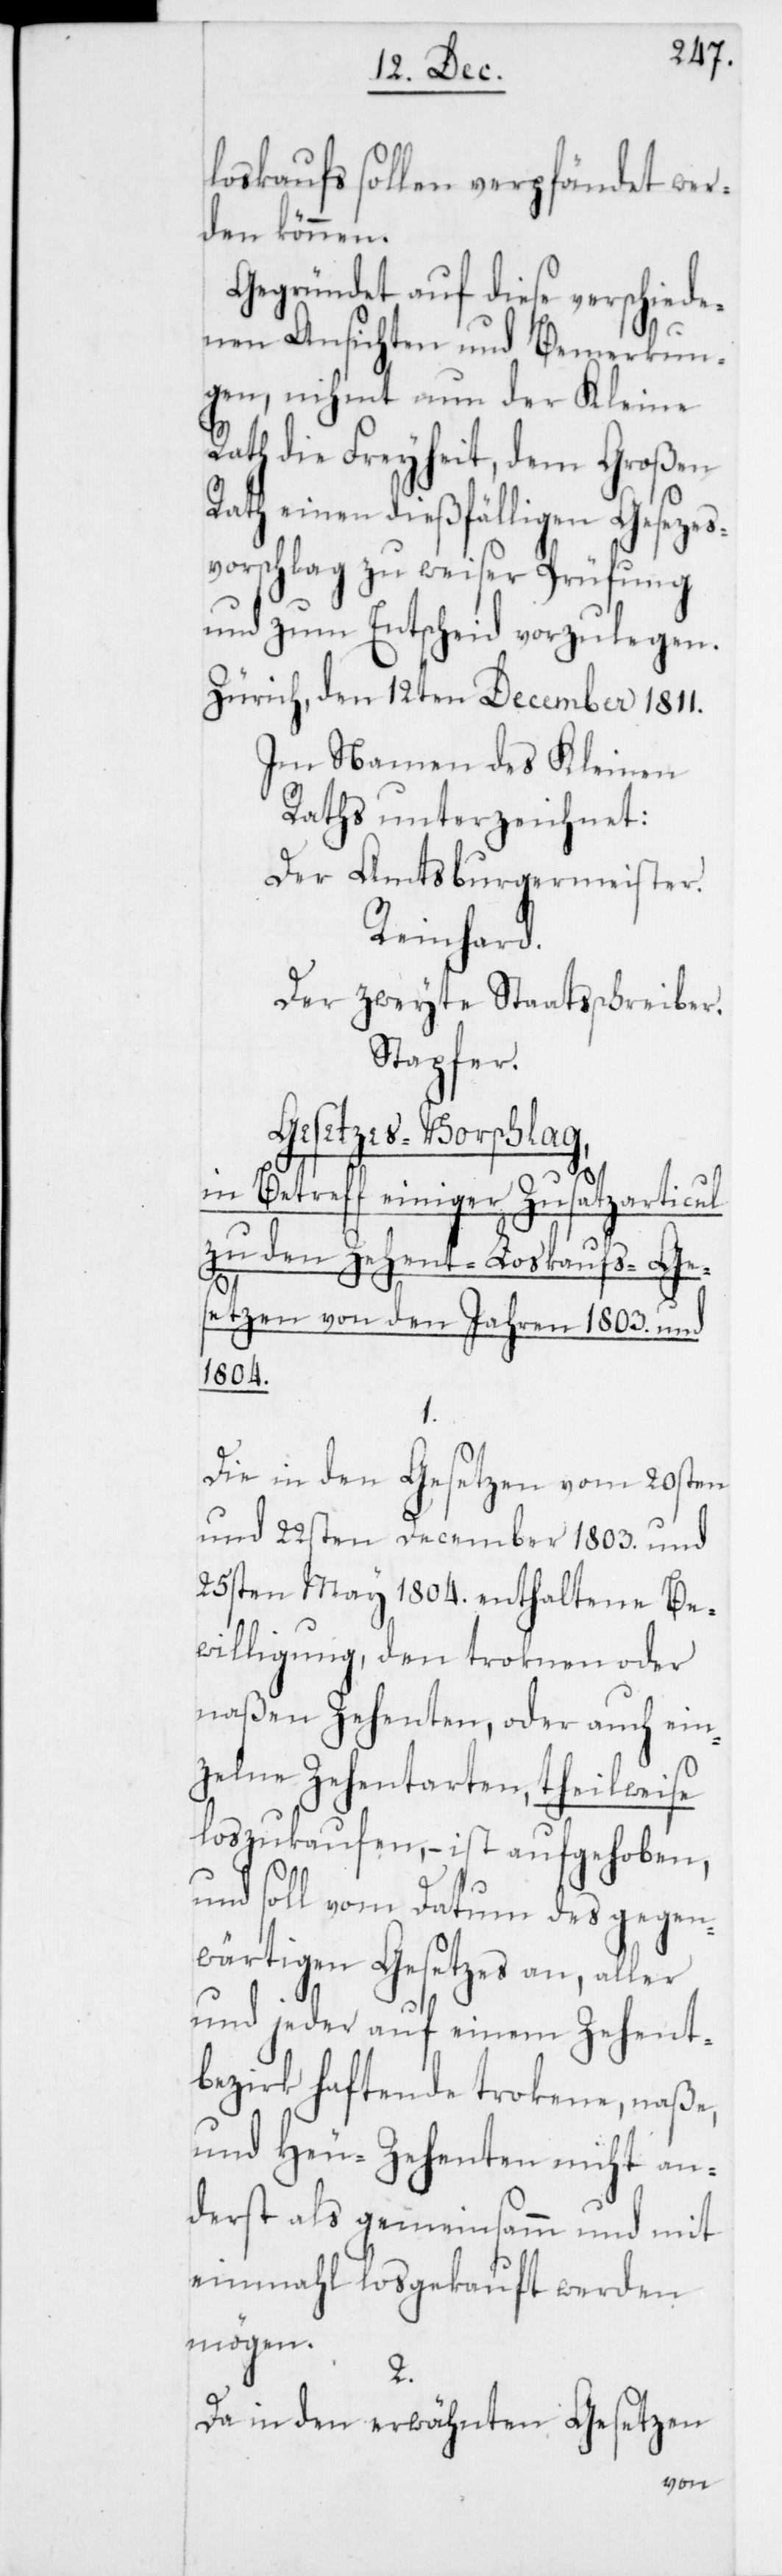
loskaufs sollen verpfändet wer¬
den können.
Gegründet auf diese verschiede¬
nen Ansichten und Bemerkun¬
gen, nimmt nun der Kleine
Rath die Freyheit, dem Großen
Rath einen dießfälligen Gesetzes¬
vorschlag zu weiser Prüfung
und zum Entscheid vorzulegen.
Zürich, den 12ten December 1811.
Im Namen des Kleinen
Raths unterzeichnet:
Der Amtsburgermeister.
Reinhard.
Der zweyte Staatsschreiber.
Stapfer.
Gesetzes-Vorschlag,
in Betreff einiger Zusatzarticul
zu den Zehent-Loskaufs-Ge¬
setzen von den Jahren 1803. und
1804.
Die in den Gesetzen vom 20sten
und 22sten December 1803. und
25sten May 1804. enthaltene Be¬
willigung, den troknen oder
naßen Zehenten, oder auch ein¬
zelne Zehentarten, theilweise
loszukaufen, – ist aufgehoben,
und soll vom Datum des gegen¬
wärtigen Gesetzes an, aller
und jeder auf einem Zehent¬
bezirk haftende trokene, naße
und Heu-Zehenten nicht an¬
derst als gemeinsamm und mit
einmahl losgekauft werden
mögen.
2.
Da in den erwähnten Gesetzen